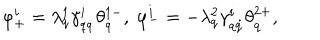
LaTeX: \varphi _ { + } ^ { i } = \lambda _ { q } ^ { 1 } \gamma _ { q \dot { q } } ^ { i } \theta _ { \dot { q } } ^ { 1 - } , \ \varphi _ { - } ^ { i } = - \lambda _ { q } ^ { 2 } \gamma _ { q \dot { q } } ^ { i } \theta _ { \dot { q } } ^ { 2 + } ,